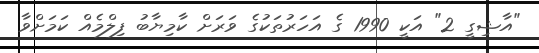
"އާޝިގީ 2" އަކީ 1990 ގެ އަހަރުތަކުގެ ވަރަށް ކާމިޔާބު ފިލްމެއް ކަމަށްވާ